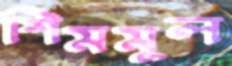
শিমমূল